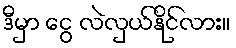
ဒီမှာ ငွေ လဲလှယ်နိုင်လား။